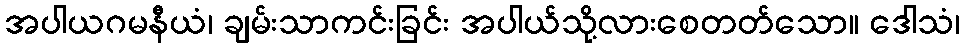
အပါယဂမနီယံ၊ ချမ်းသာကင်းခြင်း အပါယ်သို့လားစေတတ်သော။ ဒေါသံ၊